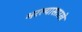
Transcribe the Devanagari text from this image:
भरल्यासारखे